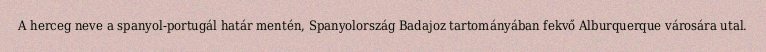
A herceg neve a spanyol-portugál határ mentén, Spanyolország Badajoz tartományában fekvő Alburquerque városára utal.